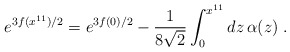
\begin{align*}e^{3f(x^{11})/2} = e^{3f(0)/2} -\frac{1}{8\sqrt{2}}\int_0^{x^{11}}dz\,\alpha(z) \; .\end{align*}